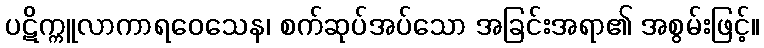
ပဋိက္ကူလာကာရဝေသေန၊ စက်ဆုပ်အပ်သော အခြင်းအရာ၏ အစွမ်းဖြင့်။